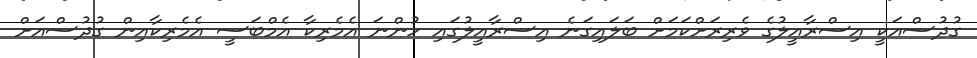
ގުދުސްއަކީ އިސްރާއީލުގެ ވެރިރަށްކަމަށް ބަލައިގަނެ އިސްރާއީލުގައި ހުންނަ އެމެރިކާ އެމްބަސީ އެމެރިކާއިން ގުދުސްއަށް